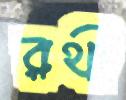
রথী